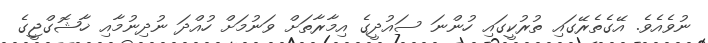
ނުވެއެވެ. އޭގެތެރޭގައި ތުރުކީގައި ހުންނަ ސައުދީގެ އިމާރާތަށް ވަނުމަށް ހުއްދަ ނުދިނުމާއި ޚާޝޮގްޖީގެ